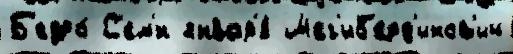
Б'едро́ С'ем'́н январ'я́ Шег'иб'ерд'инов'ич